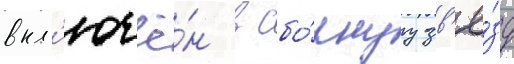
вкл'ючё́н в сбо́рнуу зв'ё́зд